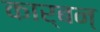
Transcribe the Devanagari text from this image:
कार्बन्